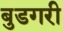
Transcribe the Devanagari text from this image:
बुडगरी